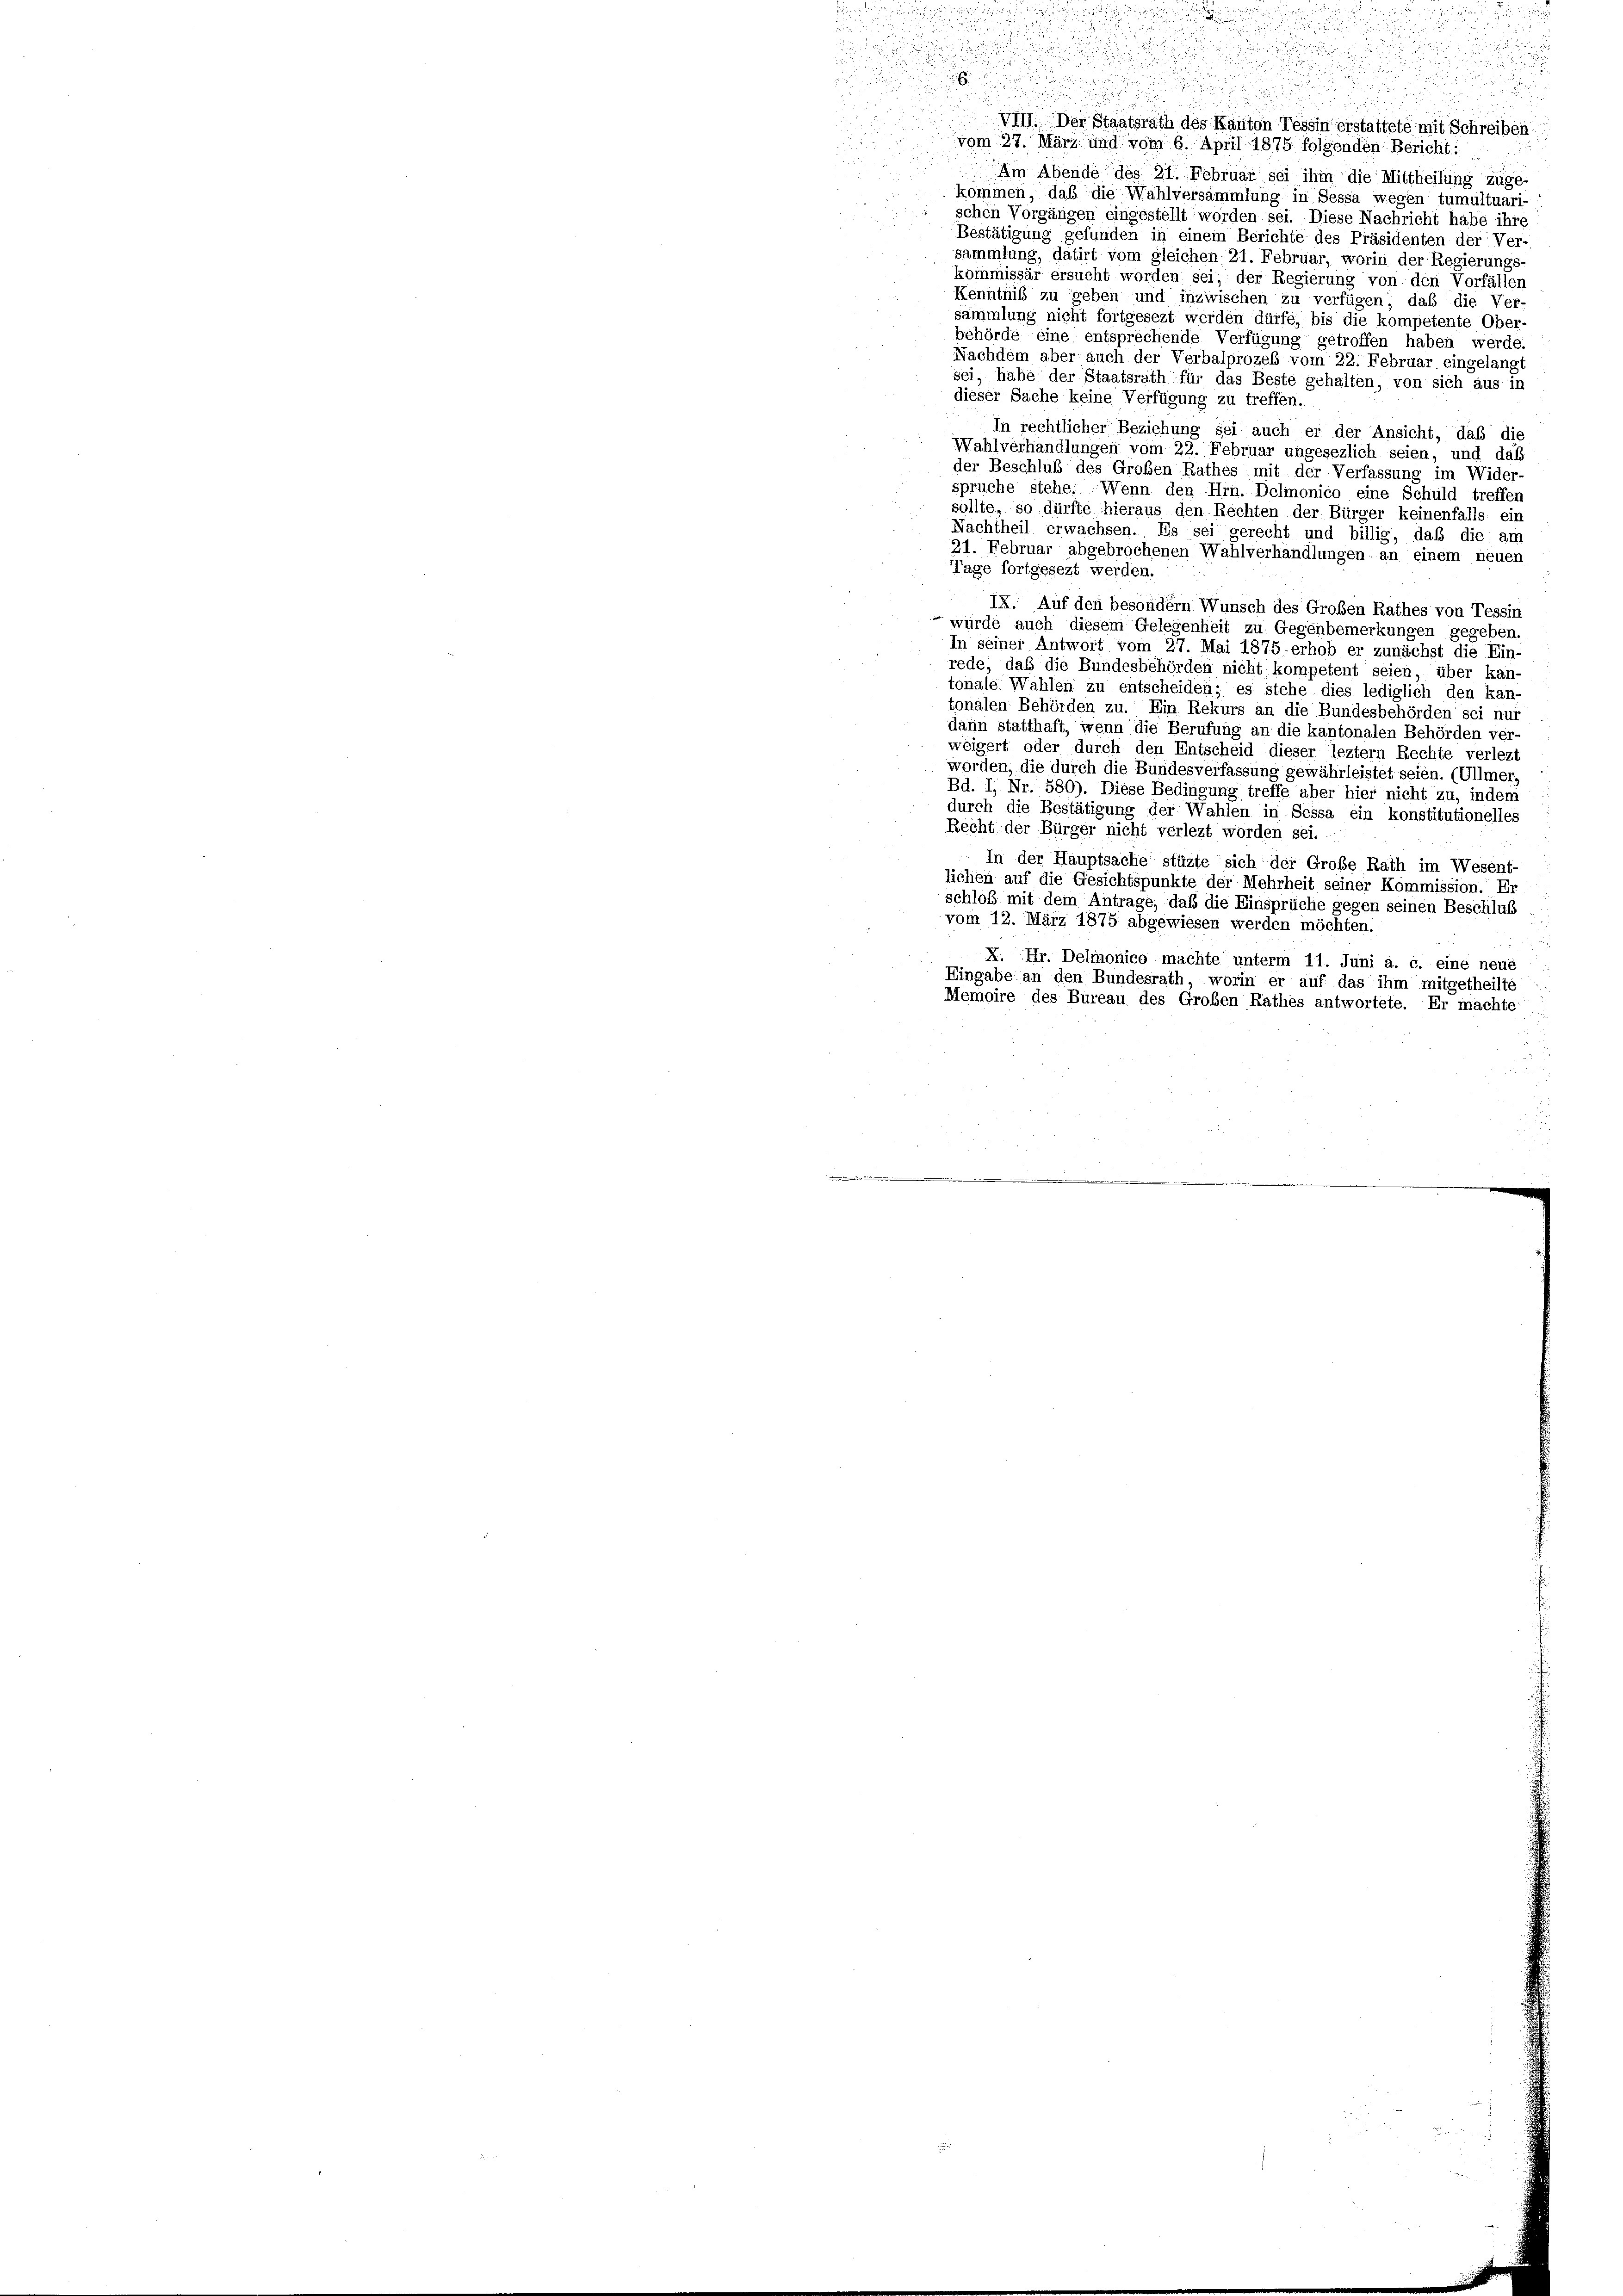
d
n

u
u
.

VIII. Der Staatsrath des Kanton Tessin erstattete mit Schreiben
vom 27. März und vom 6. April 1875 folgenden Bericht:
Am Abende des 21. Februar sei ihm die Mittheilung zuge-
kommen, daß die Wahlversammlung in Sessa wegen tumultuari-
schen Vorgängen eingestellt worden sei. Diese Nachricht habe ihre
Bestätigung gefunden in einem Berichte des Präsidenten der Ver-
sammlung, datirt vom gleichen 21. Februar, worin der Regierungs-
kommissär ersucht worden sei, der Regierung von den Vorfällen
Kenntniß zu geben und inzwischen zu verfügen, daß die Ver
sammlung nicht fortgesezt werden dürfe, bis die kompetente Ober-
behörde eine entsprechende Verfügung getroffen haben werde.
Nachdem aber auch der Verbalprozes vom 22. Februar eingelangt
sei, habe der Staatsrath für das Beste gehalten, von sich aus in
dieser Sache keine Verfügung zu treffen.
In rechtlicher Beziehung sei auch er der Ansicht, daß die
Wahlverhandlungen vom 22. Februar ungesezlich seien, und daß
der Beschluß des Großen Rathes mit der Verfassung im Wider-
spruche stehe. Wenn den Hrn. Delmnonico eine Schuld treffen
sollte, so dürfte hieraus den Rechten der Bürger keinenfalls ein
Nachtheil erwachsen. Es sei gerecht und billig, daß die am
21. Februar abgebrochenen Wahlverhandlungen an einem neuen
Tage fortgesezt werden.
 IX. Auf den besondern Wunsch des Großen Rathes von Tessin
 würde auch diesem Gelegenheit zu Gegenbemerkungen gegeben.
In seiner Antwort vom 27. Mai 1875 erhob er zunächst die Ein-
rede, daß die Bundesbehörden nicht kompetent seien, über kan-
tonale Wahlen zu entscheiden; es stehe dies lediglich den kan-
tonalen Behörden zu. Ein Rekurs an die Bundesbehörden sei nur
dahin statthaft, wenn die Berufung an die kantonalen Behörden ver-
weigert oder durch den Entscheid dieser leztem Rechte verlezt
worden, die durch die Bundesverfassung gewährleistet seien. (Ullmer,
Bd. I, Nr. 580). Diese Bedingung treffe aber hier nicht zu, indem
durch die Bestätigung der Wahlen in Sessa ein konstitutionelles
Recht der Bürger nicht verlegt worden sei.
In der Hauptsache stüzte sich der Große Rath im Wesent-
lichen auf die Gesichtspunkte der Mehrheit seiner Kommission. Er
schloß mit dem Antrage, daß die Einsprüche gegen seinen Beschluß
vom 12. März 1875 abgewiesen werden möchten.
X. Hr. Delmonico machte unterm 11. Juni a. c. eine neue
Eingabe an den Bundesrath, worin er auf das ihm mitgetheilte
Memoire des Bureau des Großen Rathes antwortete. Er machte